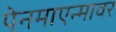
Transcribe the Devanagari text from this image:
पेनमाएन्मावर